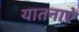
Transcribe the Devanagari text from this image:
यातनाऐं